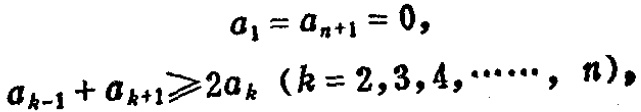
\[
\begin{align*}
a_1 = a_{n + 1} &= 0,\\
a_{k - 1} + a_{k + 1} &\geqslant 2a_k\ (k = 2,3,4,\cdots, n),
\end{align*}
\]